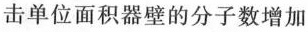
击单位面积器壁的分子数增加